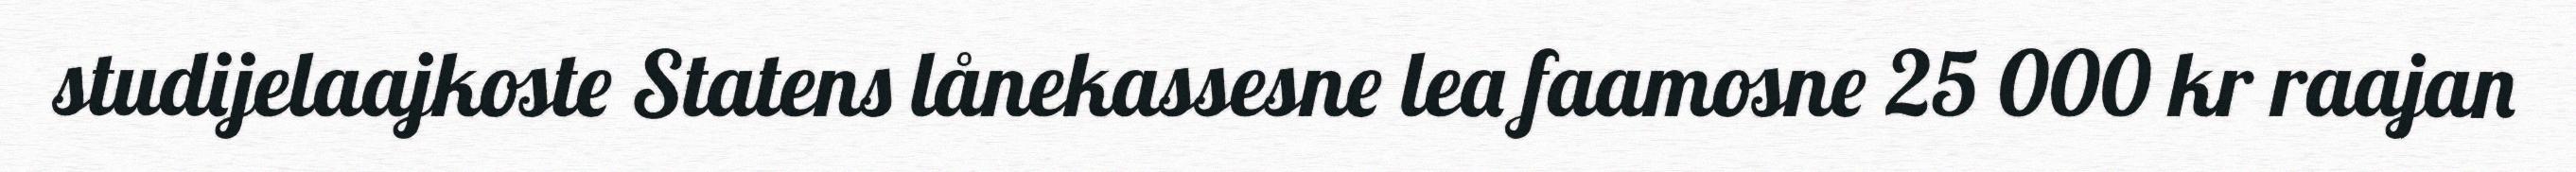
studijelaajkoste Statens lånekassesne lea faamosne 25 000 kr raajan